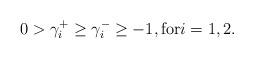
LaTeX: \begin{align*}0>\gamma _{i}^{+}\geq \gamma _{i}^{-}\geq -1,\mbox{for}i=1,2.\end{align*}